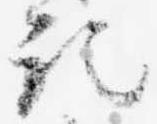
記